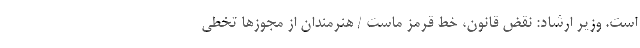
است. وزیر ارشاد: نقض قانون، خط قرمز ماست / هنرمندان از مجوزها تخطی